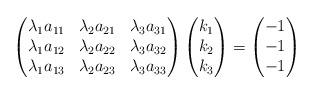
LaTeX: \begin{align*}\begin{pmatrix} \lambda_1 {a_{11}} & \lambda_2{a_{21}} & \lambda_3{a_{31}} \\ \lambda_1{a_{12}} & \lambda_2{a_{22}} & \lambda_3{a_{32}} \\ \lambda_1{a_{13}} & \lambda_2{a_{23}} & \lambda_3{a_{33}} \end{pmatrix} \begin{pmatrix} k_1 \\ k_2 \\ k_3 \end{pmatrix} = \begin{pmatrix} -1 \\ -1 \\ -1 \end{pmatrix} \end{align*}